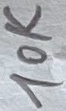
Text: 10K